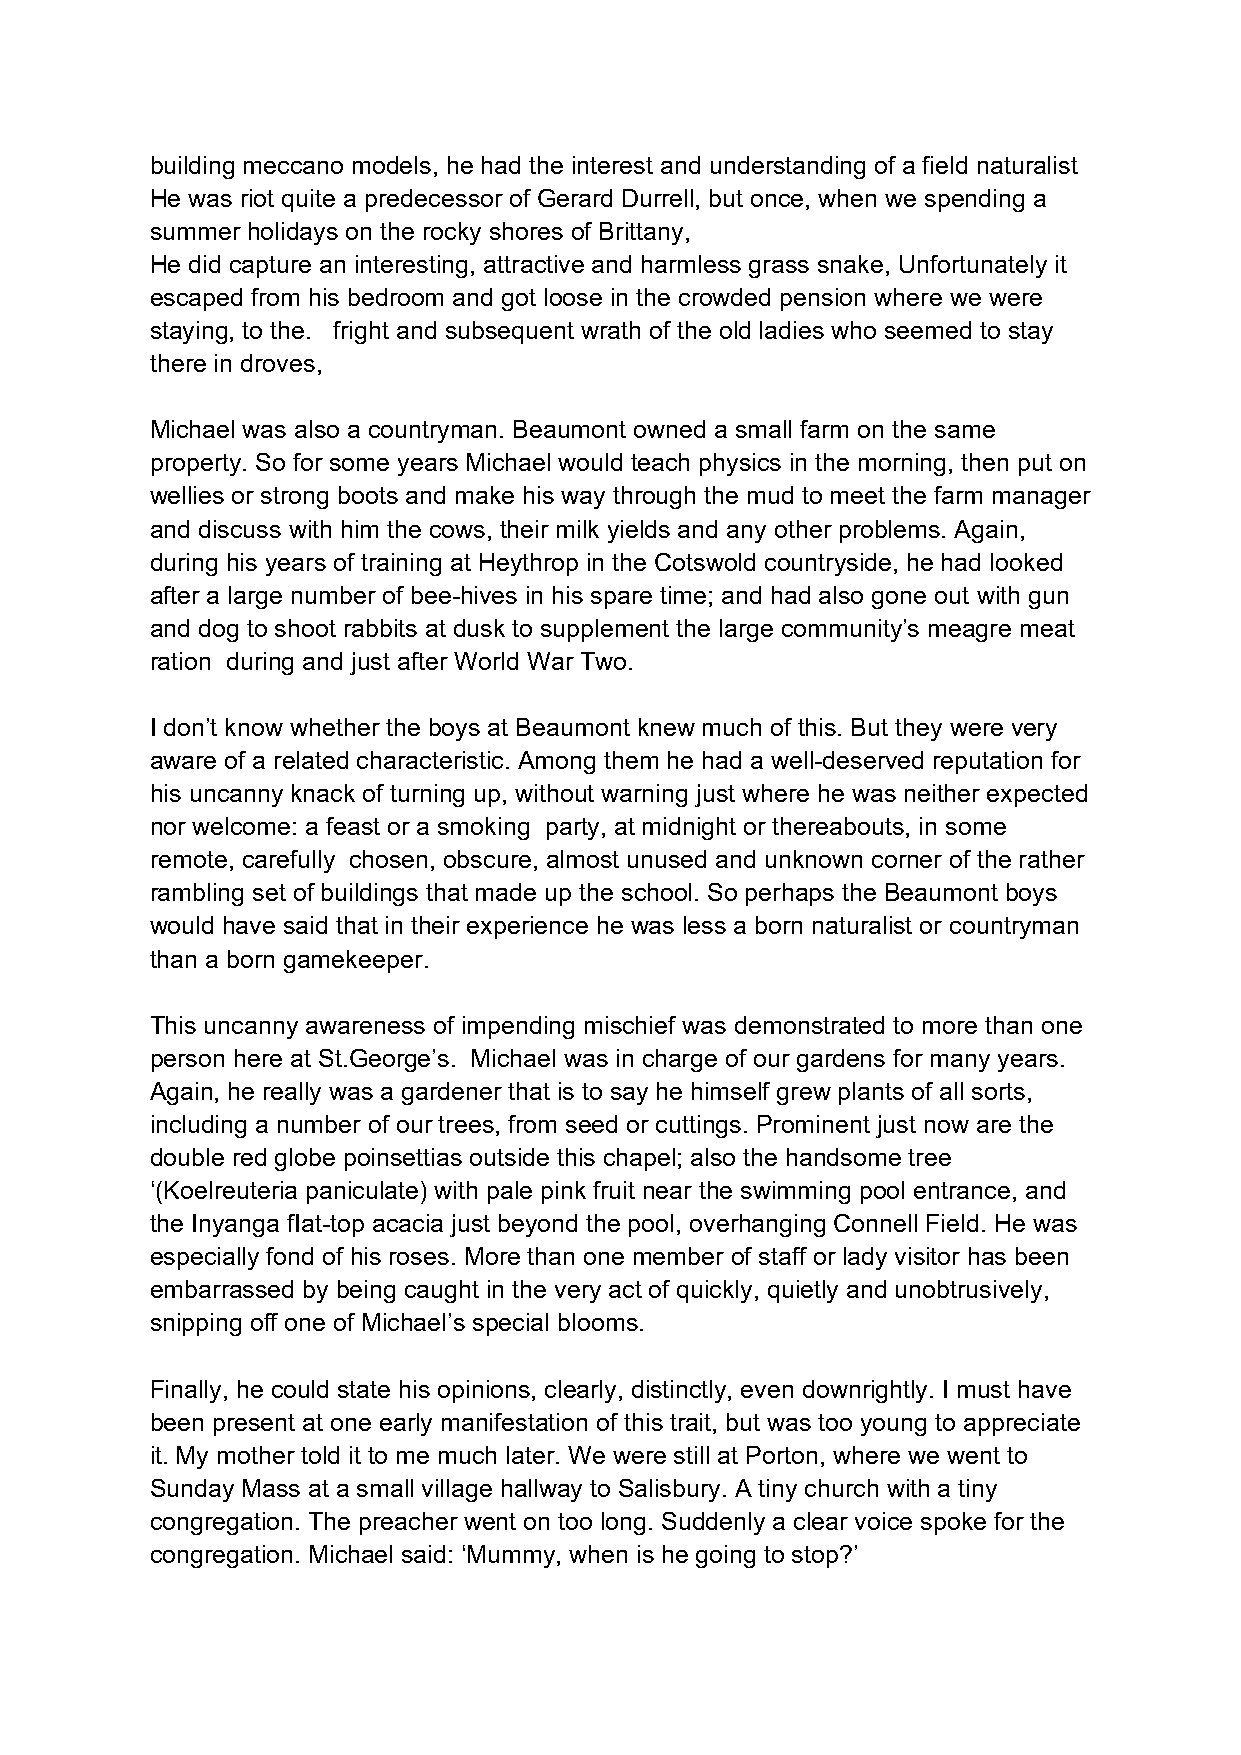
building meccano models, he had the interest and understanding of a field naturalist
 He was riot quite a predecessor of Gerard Durrell, but once, when we spending a
 summer holidays on the rocky shores of Brittany,
 He did capture an interesting, attractive and harmless grass snake, Unfortunately it
 escaped from his bedroom and got loose in the crowded pension where we were
 staying, to the. fright and subsequent wrath of the old ladies who seemed to stay
 there in droves,
 Michael was also a countryman. Beaumont owned a small farm on the same
 property. So for some years Michael would teach physics in the morning, then put on
 wellies or strong boots and make his way through the mud to meet the farm manager
 and discuss with him the cows, their milk yields and any other problems. Again,
 during his years of training at Heythrop in the Cotswold countryside, he had looked
 after a large number of bee-hives in his spare time; and had also gone out with gun
 and dog to shoot rabbits at dusk to supplement the large community’s meagre meat
 ration during and just after World War Two.
 I don’t know whether the boys at Beaumont knew much of this. But they were very
 aware of a related characteristic. Among them he had a well-deserved reputation for
 his uncanny knack of turning up, without warning just where he was neither expected
 nor welcome: a feast or a smoking party, at midnight or thereabouts, in some
 remote, carefully chosen, obscure, almost unused and unknown corner of the rather
 rambling set of buildings that made up the school. So perhaps the Beaumont boys
 would have said that in their experience he was less a born naturalist or countryman
 than a born gamekeeper.
 This uncanny awareness of impending mischief was demonstrated to more than one
 person here at St.George’s. Michael was in charge of our gardens for many years.
 Again, he really was a gardener that is to say he himself grew plants of all sorts,
 including a number of our trees, from seed or cuttings. Prominent just now are the
 double red globe poinsettias outside this chapel; also the handsome tree
 ‘(Koelreuteria paniculate) with pale pink fruit near the swimming pool entrance, and
 the Inyanga fIat-top acacia just beyond the pool, overhanging Connell Field. He was
 especially fond of his roses. More than one member of staff or lady visitor has been
 embarrassed by being caught in the very act of quickly, quietly and unobtrusively,
 snipping off one of Michael’s special blooms.
 Finally, he could state his opinions, clearly, distinctly, even downrightly. I must have
 been present at one early manifestation of this trait, but was too young to appreciate
 it. My mother told it to me much later. We were still at Porton, where we went to
 Sunday Mass at a small village hallway to Salisbury. A tiny church with a tiny
 congregation. The preacher went on too long. Suddenly a clear voice spoke for the
 congregation. Michael said: ‘Mummy, when is he going to stop?’